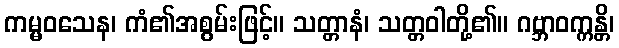
ကမ္မဝသေန၊ ကံ၏အစွမ်းဖြင့်။ သတ္တာနံ၊ သတ္တဝါတို့၏။ ဂဗ္ဘာဝက္ကန္တိ၊